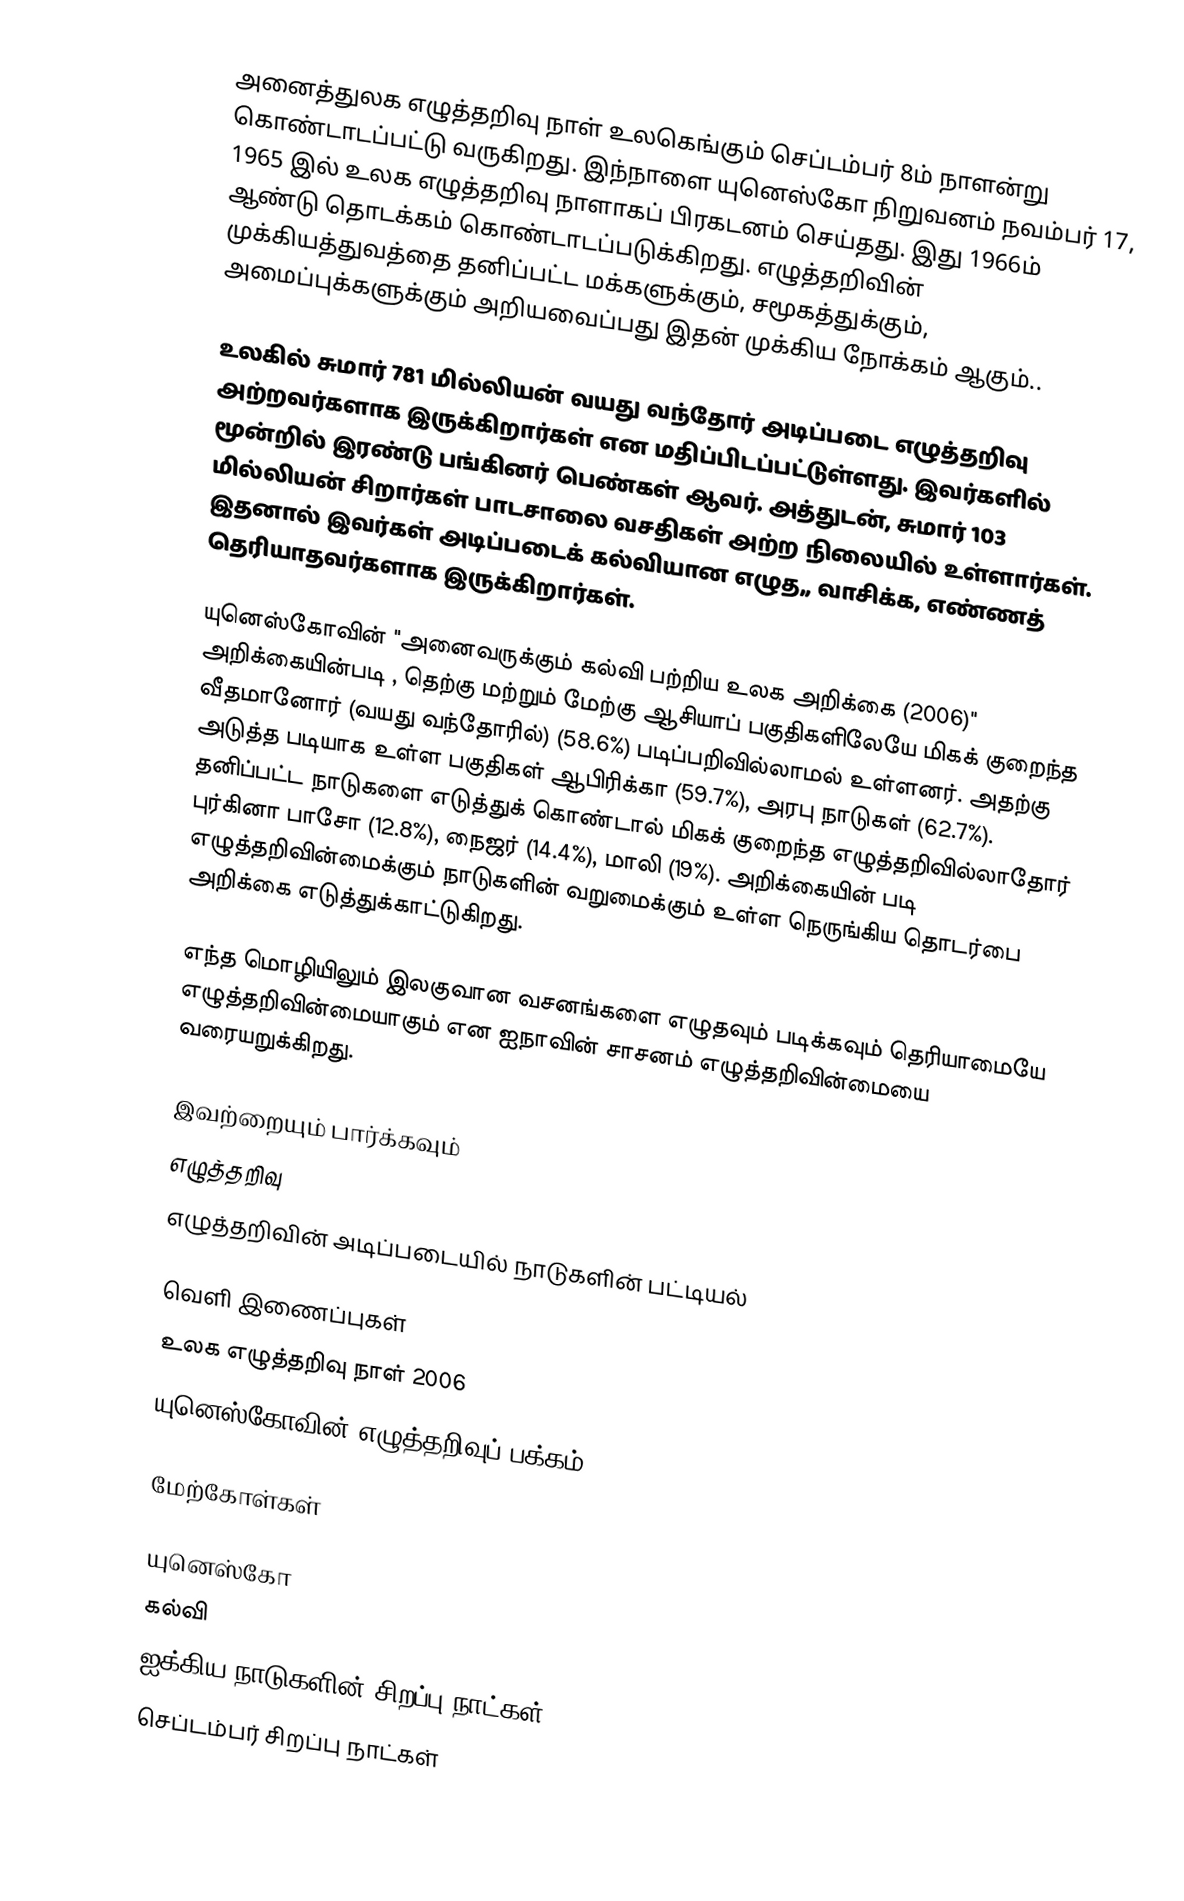
அனைத்துலக எழுத்தறிவு நாள் உலகெங்கும் செப்டம்பர் 8ம் நாளன்று கொண்டாடப்பட்டு வருகிறது. இந்நாளை யுனெஸ்கோ நிறுவனம் நவம்பர் 17, 1965 இல் உலக எழுத்தறிவு நாளாகப் பிரகடனம் செய்தது. இது 1966ம் ஆண்டு தொடக்கம் கொண்டாடப்படுக்கிறது. எழுத்தறிவின் முக்கியத்துவத்தை தனிப்பட்ட மக்களுக்கும், சமூகத்துக்கும், அமைப்புக்களுக்கும் அறியவைப்பது இதன் முக்கிய நோக்கம் ஆகும்..

உலகில் சுமார் 781 மில்லியன் வயது வந்தோர் அடிப்படை எழுத்தறிவு அற்றவர்களாக இருக்கிறார்கள் என மதிப்பிடப்பட்டுள்ளது. இவர்களில் மூன்றில் இரண்டு பங்கினர் பெண்கள் ஆவர். அத்துடன், சுமார் 103 மில்லியன் சிறார்கள் பாடசாலை வசதிகள் அற்ற நிலையில் உள்ளார்கள். இதனால் இவர்கள் அடிப்படைக் கல்வியான எழுத,, வாசிக்க, எண்ணத் தெரியாதவர்களாக இருக்கிறார்கள்.

யுனெஸ்கோவின் "அனைவருக்கும் கல்வி பற்றிய உலக அறிக்கை (2006)" அறிக்கையின்படி , தெற்கு மற்றும் மேற்கு ஆசியாப் பகுதிகளிலேயே மிகக் குறைந்த வீதமானோர் (வயது வந்தோரில்) (58.6%) படிப்பறிவில்லாமல் உள்ளனர். அதற்கு அடுத்த படியாக உள்ள பகுதிகள் ஆபிரிக்கா (59.7%), அரபு நாடுகள் (62.7%). தனிப்பட்ட நாடுகளை எடுத்துக் கொண்டால் மிகக் குறைந்த எழுத்தறிவில்லாதோர் புர்கினா பாசோ (12.8%), நைஜர் (14.4%), மாலி (19%). அறிக்கையின் படி எழுத்தறிவின்மைக்கும் நாடுகளின் வறுமைக்கும் உள்ள நெருங்கிய தொடர்பை அறிக்கை எடுத்துக்காட்டுகிறது.

எந்த மொழியிலும் இலகுவான வசனங்களை எழுதவும் படிக்கவும் தெரியாமையே எழுத்தறிவின்மையாகும் என ஐநாவின் சாசனம் எழுத்தறிவின்மையை வரையறுக்கிறது.

இவற்றையும் பார்க்கவும்
எழுத்தறிவு
எழுத்தறிவின் அடிப்படையில் நாடுகளின் பட்டியல்

வெளி இணைப்புகள்
உலக எழுத்தறிவு நாள் 2006
யுனெஸ்கோவின் எழுத்தறிவுப் பக்கம்

மேற்கோள்கள்

யுனெஸ்கோ
கல்வி
ஐக்கிய நாடுகளின் சிறப்பு நாட்கள்
செப்டம்பர் சிறப்பு நாட்கள்